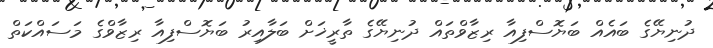
ދުނިޔޭގެ ބައެއް ބަޔޮސްފިއާ ރިޒާވްތައް ދުނިޔޭގެ ތާރީޚަށް ބަލާއިރު ބަޔޮސްފިއާ ރިޒާވްގެ މަސައްކަތް